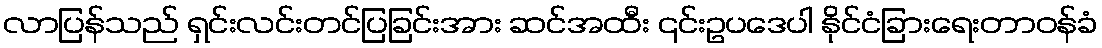
လာပြန်သည် ရှင်းလင်းတင်ပြခြင်းအား ဆင်အထီး ၎င်းဥပဒေပါ နိုင်ငံခြားရေးတာဝန်ခံ